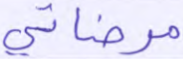
مرضاتي